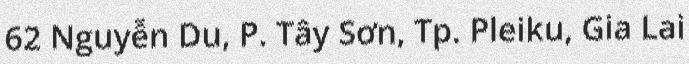
62 Nguyễn Du, P. Tây Sơn, Tp. Pleiku, Gia Lai